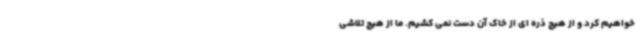
خواهیم کرد و از هیچ ذره ای از خاک آن دست نمی کشیم. ما از هیچ تلاشی